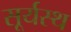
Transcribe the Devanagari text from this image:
सूर्यस्थ